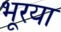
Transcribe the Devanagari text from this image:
भूरया